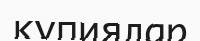
құпиялар